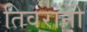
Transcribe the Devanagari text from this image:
तिवरांनी